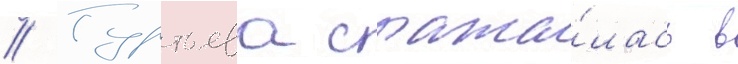
// Гуртьева сража́лась в